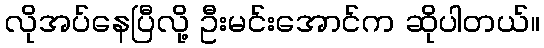
လိုအပ်နေပြီလို့ ဦးမင်းအောင်က ဆိုပါတယ်။